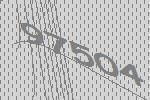
97504